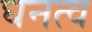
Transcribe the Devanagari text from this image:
घनत्‍व